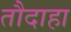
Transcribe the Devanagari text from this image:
तौदाहा